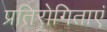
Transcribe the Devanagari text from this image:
प्रतिरोगिताएं